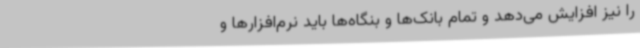
را نیز افزایش می‌دهد و تمام بانک‌ها و بنگاه‌ها باید نرم‌افزارها و